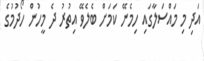
އަދި މި މައްސަލާގައި ހިމެނޭ ކަމަށް ބެލެވޭ އިތުރު ދެ މީހުން ހޯދުމުގެ